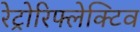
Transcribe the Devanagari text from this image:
रेट्रोरिफ्लेक्टिव